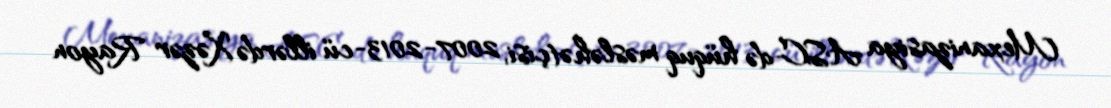
Mexanizasiya ASC-də hüquq məsləhətçisi, 2007-2013-cü illərdə Xəzər Rayon